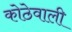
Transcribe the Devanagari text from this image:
कोठेवाली